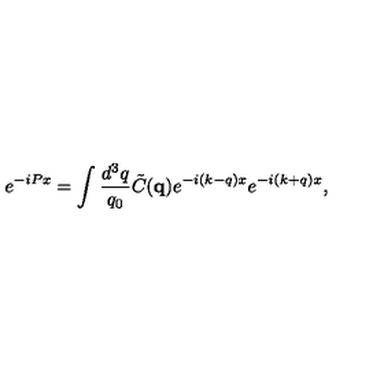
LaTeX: e ^ { - i P x } = \int \frac { d ^ { 3 } q } { q _ { 0 } } \tilde { C } ( { \mathbf { q } } ) e ^ { - i ( k - q ) x } e ^ { - i ( k + q ) x } ,